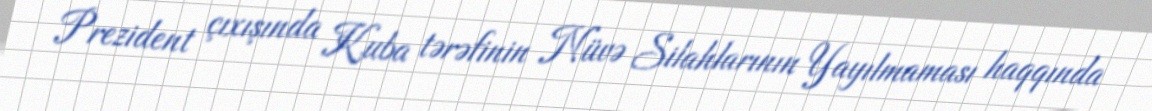
Prezident çıxışında Kuba tərəfinin Nüvə Silahlarının Yayılmaması haqqında